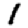
Digit: 1